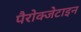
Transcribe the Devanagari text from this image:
पैरोक्जेटाइन